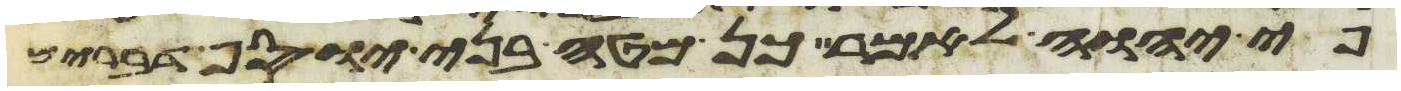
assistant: פי יהוה לאמר כן מטה בני יוסף דברים